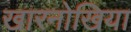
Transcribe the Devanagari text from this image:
खारनोखिया